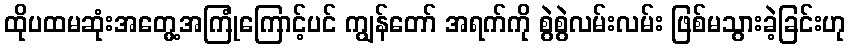
ထိုပထမဆုံးအတွေ့အကြုံကြောင့်ပင် ကျွန်တော် အရက်ကို စွဲစွဲလမ်းလမ်း ဖြစ်မသွားခဲ့ခြင်းဟု